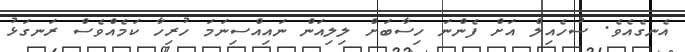
އެނގެއެވެ. ސުހެއިލް އަށް ފެންނަ ހިސާބަށް ލިލިއަން ނައިއްސިނަމަ ހުރިހާ ކަމެއްވެސް ރަނގަޅު